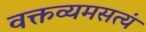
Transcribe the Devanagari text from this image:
वक्तव्यमसत्यं